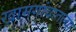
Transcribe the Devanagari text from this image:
खामगांवातल्या